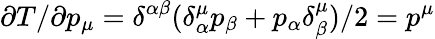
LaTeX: \partial T/\partial p_{\mu}=\delta^{\alpha\beta}(\delta_{\alpha}^{\mu}p_{\beta}+p_{\alpha}\delta_{\beta}^{\mu})/2=p^{\mu}